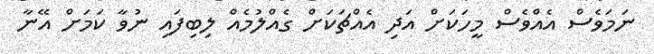
ނަމަވެސް އެއްވެސް މީހަކަށް އަދި އެއްޗަކަށް ގެއްލުމެއް ލިބިފައި ނުވާ ކަމަށް އޭނާ